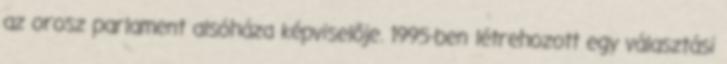
az orosz parlament alsóháza képviselője. 1995-ben létrehozott egy választási